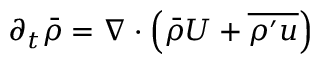
\begin{array} { r } { \partial _ { t } \Bar { \rho } = \nabla \cdot \left( \Bar { \rho } U + \overline { { \rho ^ { \prime } u } } \right) } \end{array}